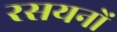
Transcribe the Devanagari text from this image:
रसयनों